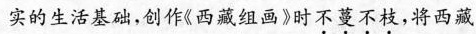
实的生活基础，创作《西藏组画》时不蔓不枝，将西藏